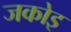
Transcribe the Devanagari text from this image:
जकोइ